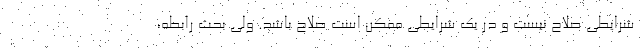
شرایطی صلاح نیست و در یک شرایطی ممکن است صلاح باشد. ولی بحث رابطه،